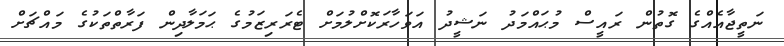
ނަތީޖާއެއްގެ ގޮތުން ރައީސް މުޙައްމަދު ނަޝީދު އަވަހާރަކޮށްލުމަށް ޓެރަރިޒަމުގެ ޙަމަލާދިން ފަރާތްތަކުގެ މައްޗަށް